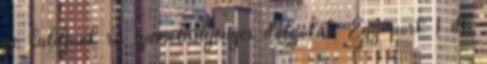
ne küldjünk rá számolásigényes dolgokat. Egy port: 1 db